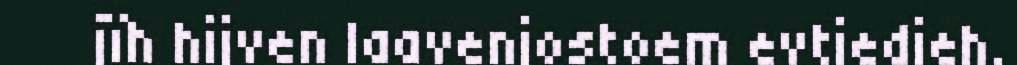
jïh hijven laavenjostoem evtiedieh.